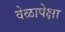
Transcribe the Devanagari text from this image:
वेळापेक्षा